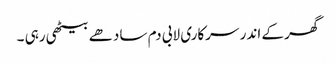
گھر کے اندر سرکاری لابی دم سادھے بیٹھی رہی ۔